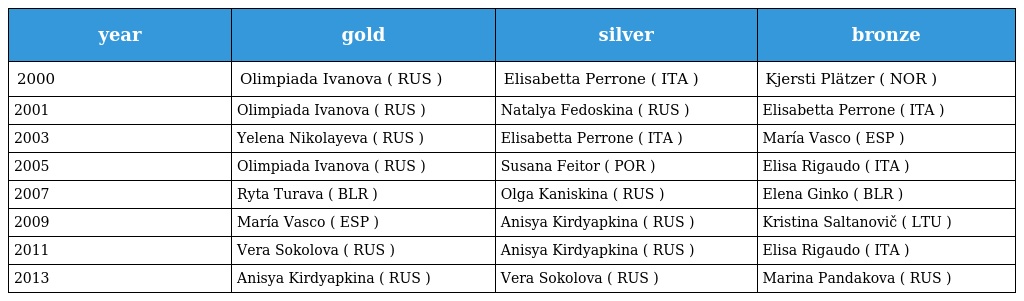
| year | gold | silver | bronze |
 | --- | --- | --- | --- |
 | 2000 | Olimpiada Ivanova ( RUS ) | Elisabetta Perrone ( ITA ) | Kjersti Plätzer ( NOR ) |
 | 2001 | Olimpiada Ivanova ( RUS ) | Natalya Fedoskina ( RUS ) | Elisabetta Perrone ( ITA ) |
 | 2003 | Yelena Nikolayeva ( RUS ) | Elisabetta Perrone ( ITA ) | María Vasco ( ESP ) |
 | 2005 | Olimpiada Ivanova ( RUS ) | Susana Feitor ( POR ) | Elisa Rigaudo ( ITA ) |
 | 2007 | Ryta Turava ( BLR ) | Olga Kaniskina ( RUS ) | Elena Ginko ( BLR ) |
 | 2009 | María Vasco ( ESP ) | Anisya Kirdyapkina ( RUS ) | Kristina Saltanovič ( LTU ) |
 | 2011 | Vera Sokolova ( RUS ) | Anisya Kirdyapkina ( RUS ) | Elisa Rigaudo ( ITA ) |
 | 2013 | Anisya Kirdyapkina ( RUS ) | Vera Sokolova ( RUS ) | Marina Pandakova ( RUS ) |